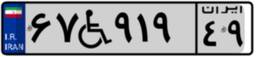
۶۷W۹۱۹۴۹